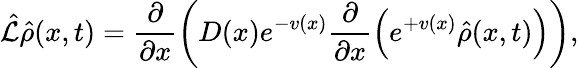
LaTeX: \hat{\mathcal{L}}\hat{\rho}(x,t)=\frac{{\partial}}{{\partial x}}\left(D(x)e^{-v(x)}\frac{{\partial}}{{\partial x}}\left(e^{+v(x)}\hat{\rho}(x,t)\right)\right),